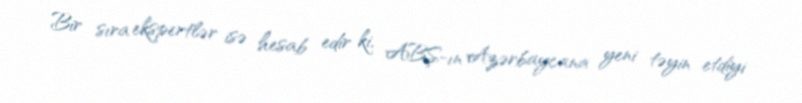
Bir sıra ekspertlər isə hesab edir ki, ABŞ-ın Azərbaycana yeni təyin etdiyi